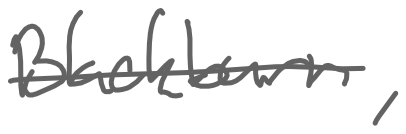
Text: Blackburn,
Cross-out: single-line
Writing tool: digital_gray